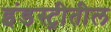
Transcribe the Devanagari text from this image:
इंडस्ट्रीतील